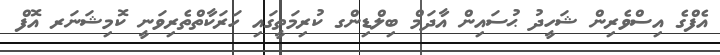
އެފްގެ އިސްވެރިން ޝަހީދު ޙުސައިން އާދަމް ބިލްޑިންގ ކުރިމަތީގައި ހަރަކާތްތެރިވަނީ ކޮމިޝަނަރ އޮފް